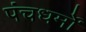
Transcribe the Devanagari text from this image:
पंचधर्मों